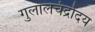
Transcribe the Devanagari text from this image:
गुलालचंद्रोदय